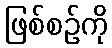
ဖြစ်စဉ်ကို